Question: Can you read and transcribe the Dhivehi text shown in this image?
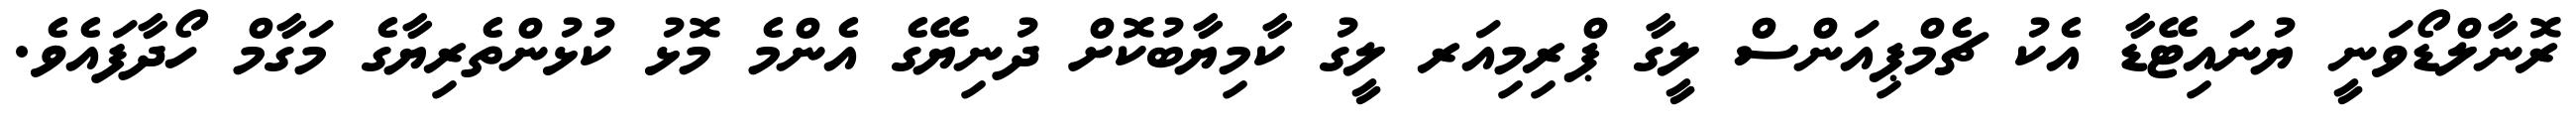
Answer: ރޮނާލްޑޯވަނީ ޔުނައިޓޭޑާ އެކު ޗެމްޕިއަންސް ލީގާ ޕްރިމިއަރ ލީގު ކާމިޔާބުކޮށް ދުނިޔޭގެ އެންމެ މޮޅު ކުޅުންތެރިޔާގެ މަގާމް ހޯދާފައެވެ.